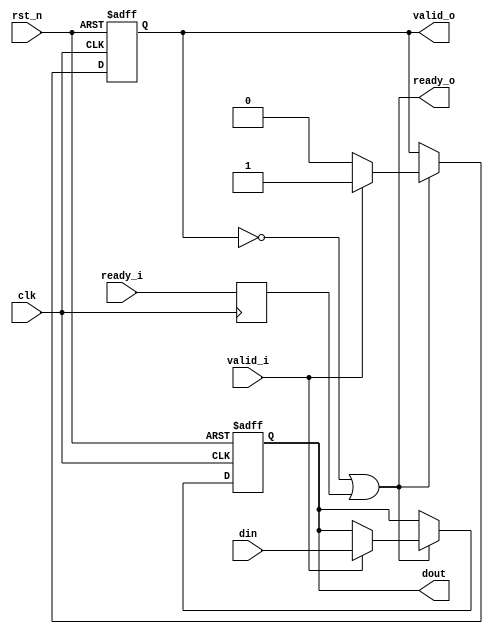
module Handshake_Protocol#(
    parameter   a = 3
)(
    input   clk, 
    input   rst_n,
    //upsteam
    input   valid_i, 
    output  ready_o, 
    //downsteam     
    output  valid_o, 
    input   ready_i, 
    //data     
    input   [a-1:0]din, 
    output  reg [a-1:0]dout
);
reg     ready_i_dy;
reg     ready_i_dy1;
reg     full;
wire    wr_en;

always @(posedge clk or negedge rst_n)begin
    if(rst_n == 1'b0)begin
        dout <= 0;
        full <= 0;
    end
    else if(wr_en == 1'b1)begin
        if(valid_i == 1'b1)begin
            full <= 1;
            dout <= din;
        end
        else begin
            full <= 0;
            dout <= dout;
        end
    end
    else begin
        full <= full;
        dout <= dout;
    end
end

assign  wr_en = ~full | ready_i_dy ;

assign  valid_o = full;
assign  ready_o = wr_en;

always@(posedge clk)
begin
    ready_i_dy   <=  ready_i;
    ready_i_dy1  <=  ready_i_dy;   
end
endmodule